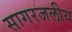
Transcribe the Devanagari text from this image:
सागरजलीय